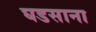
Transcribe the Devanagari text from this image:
घडसाना